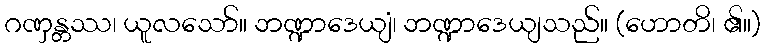
ဂဏှန္တဿ၊ ယူလသော်။ ဘဏ္ဍာဒေယျံ၊ ဘဏ္ဍာဒေယျသည်။ (ဟောတိ၊ ၏။)